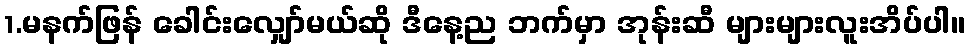
1.မနက်ဖြန် ခေါင်းလျှော်မယ်ဆို ဒီနေ့ည ဘက်မှာ အုန်းဆီ များများလူးအိပ်ပါ။